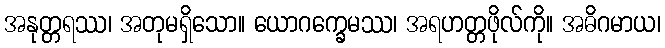
အနုတ္တရဿ၊ အတုမရှိသော။ ယောဂက္ခေမဿ၊ အရဟတ္တဖိုလ်ကို။ အဓိဂမာယ၊